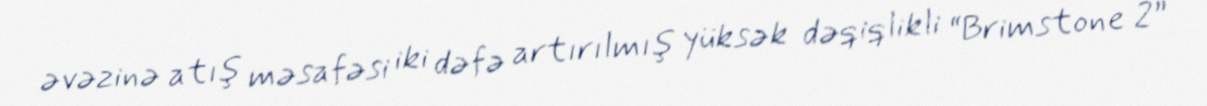
əvəzinə atış məsafəsi iki dəfə artırılmış yüksək dəqiqlikli “Brimstone 2”